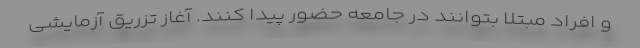
و افراد مبتلا بتوانند در جامعه حضور پیدا کنند. آغاز تزریق آزمایشی